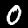
Digit: 0